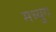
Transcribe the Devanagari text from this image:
मध्युग